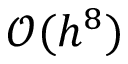
\mathcal { O } ( h ^ { 8 } )